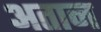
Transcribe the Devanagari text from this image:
अतान